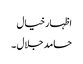
اظہارخیال
حامد جلال ۔